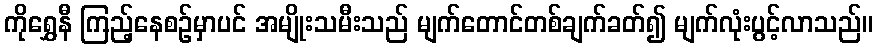
ကိုရွှေနီ ကြည့်နေစဉ်မှာပင် အမျိုးသမီးသည် မျက်တောင်တစ်ချက်ခတ်၍ မျက်လုံးပွင့်လာသည်။